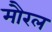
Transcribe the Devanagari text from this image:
मौरल